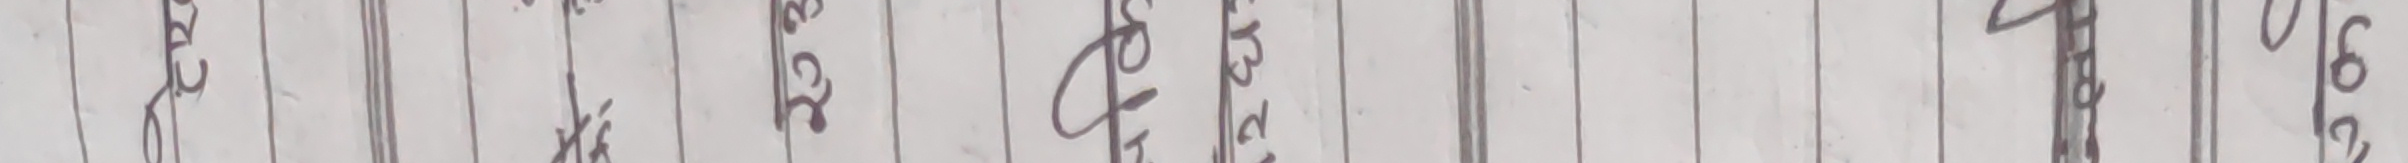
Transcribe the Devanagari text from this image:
2३५